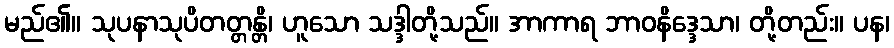
မည်၏။ သုပနာသုပိတတ္တန္တိ၊ ဟူသော သဒ္ဒါတို့သည်။ အာကာရ ဘာဝနိဒ္ဒေသာ၊ တို့တည်း။ ပန၊